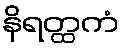
နိရတ္ထကံ